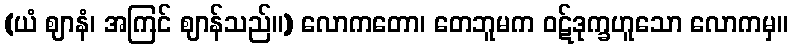
(ယံ ဈာနံ၊ အကြင် ဈာန်သည်။) လောကတော၊ တေဘူမက ဝဋ်ဒုက္ခဟူသော လောကမှ။